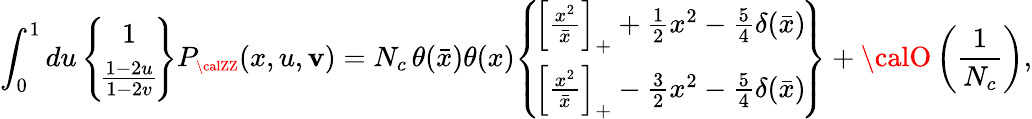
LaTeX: \int_{0}^{1}du\, \! \left\{ \! \begin{array}{c}{{1}}\\ {{\frac{1-2u}{1-2v}}}\end{array}\! \right\} P_{\scriptscriptstyle\calZZ}(x,u,\mathbf{v})=N_{c}\, \theta(\bar{{x}})\theta(x)\! \left\{ \! \begin{array}{c}{{\left[\frac{x^{2}}{\bar{x}}\right]_{+}+\frac{1}{2}x^{2}-\frac{5}{4}\delta(\bar{x})}}\\ {{\left[\frac{x^{2}}{\bar{x}}\right]_{+}-\frac{3}{2}x^{2}-\frac{5}{4}\delta(\bar{x})}}\end{array}\! \right\} +{\calO}\left(\frac{{1}}{{N_{c}}}\right),